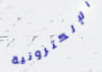
الإلكترونية